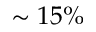
\sim 1 5 \%